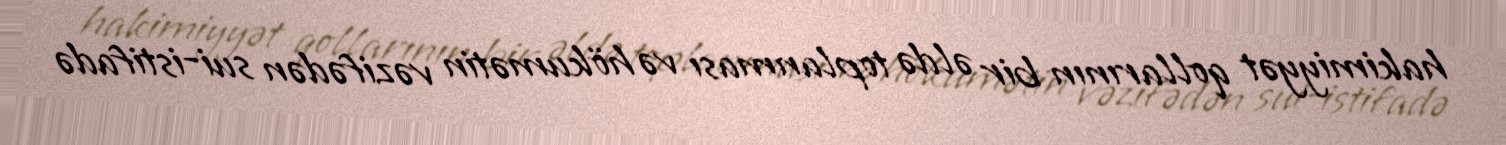
hakimiyyət qollarının bir əldə toplanması və hökumətin vəzifədən sui-istifadə